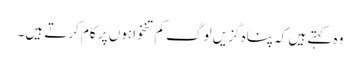
وہ کہتے ہیں کہ پناہ گزیں لوگ کم تنخواہوں پر کام کرتے ہیں۔